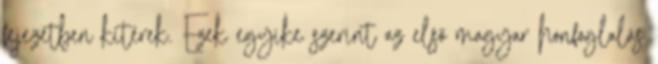
fejezetben kitérek. Ezek egyike szerint az első magyar honfoglalás